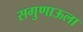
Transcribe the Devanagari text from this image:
सगुणाऊला